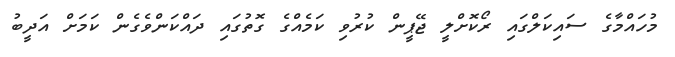
މުހައްމާގެ ސައިކަލްގައި ރޯކޮށްލީ ޖޭޕީން ކުރުވި ކަމެއްގެ ގޮތުގައި ދައްކަންވެގެން ކަމަށް އަދީބު